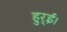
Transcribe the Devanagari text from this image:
हुर्ईं।